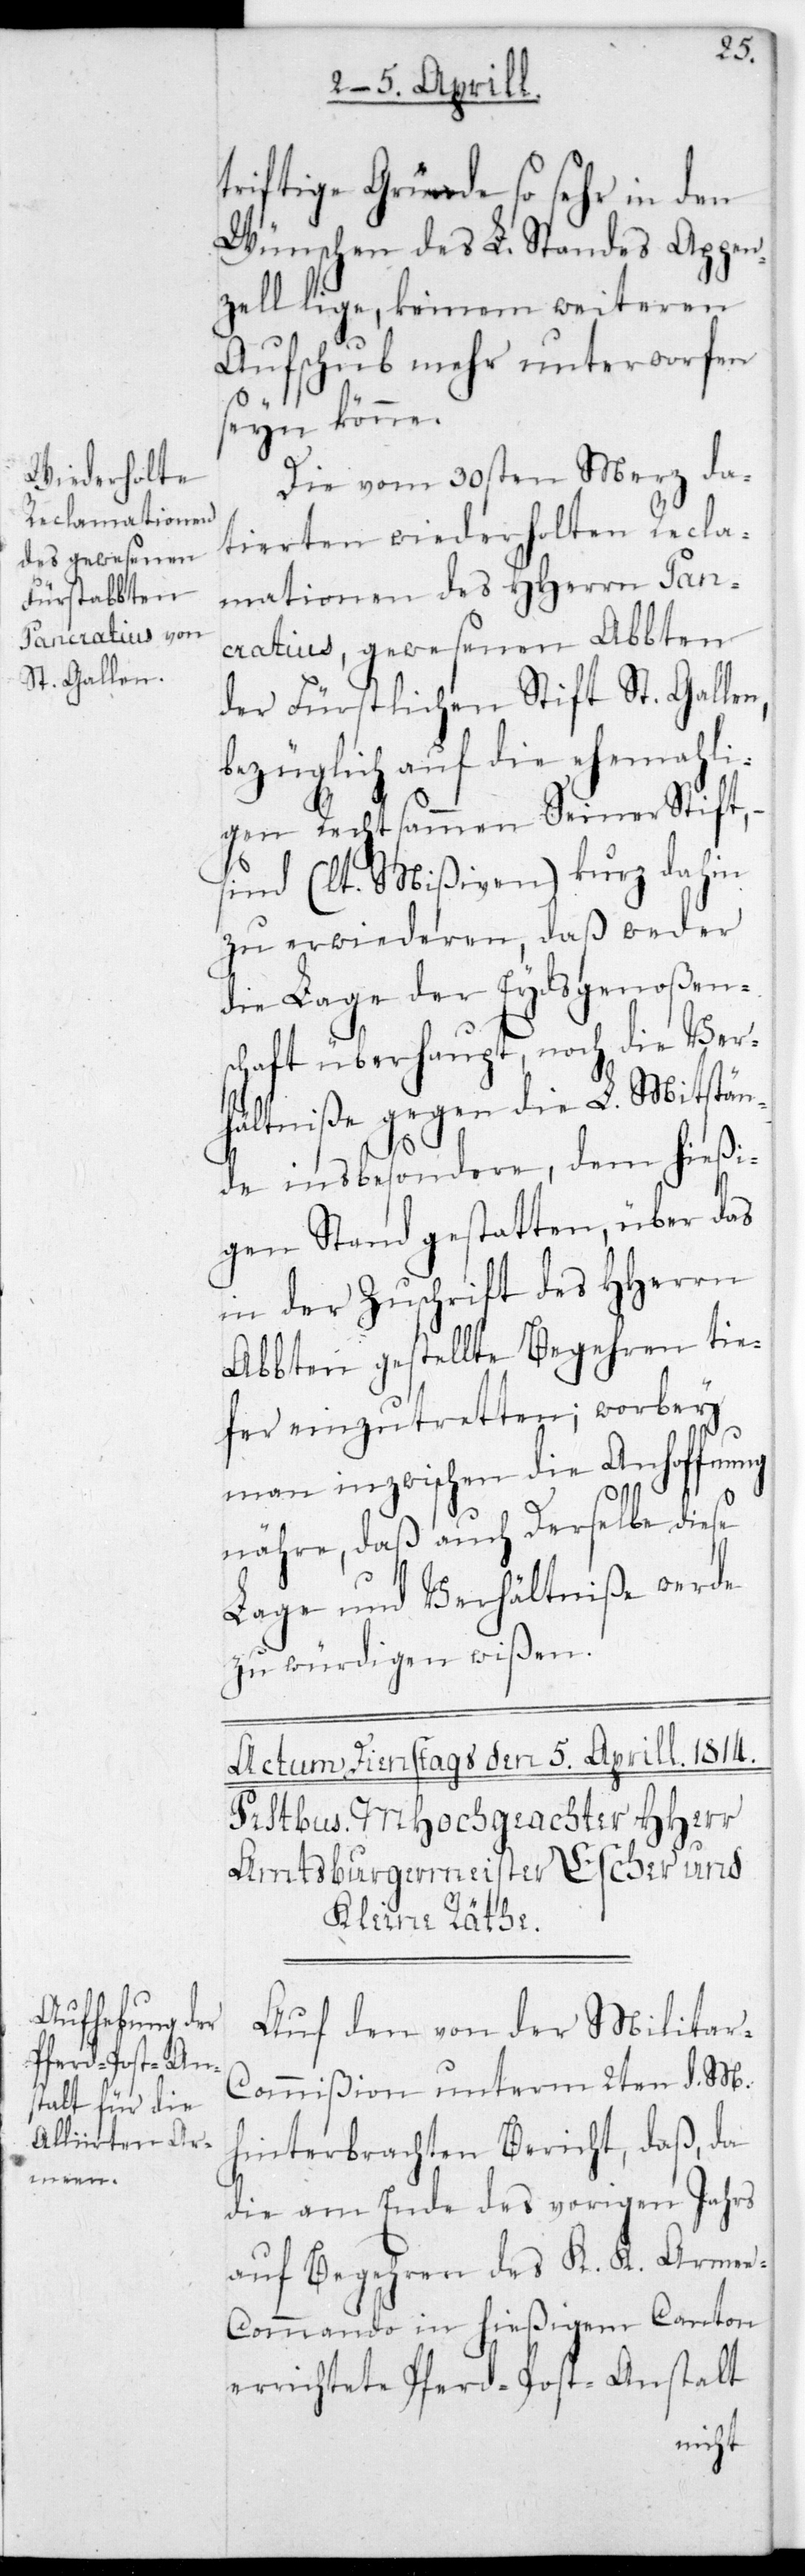
triftige Gründe so sehr in den
Wünschen des L. Standes Appen¬
zell liege, keinem weiteren
Aufschub mehr unterworfen
sein könne.
Die vom 30sten Merz da¬
tierten wiederholten Recla¬
mationen des HHerrn Pan¬
cratius, gewesenen Abten
der fürstlichen Stift St. Gallen,
bezüglich auf die ehemali¬
gen Rechtsammen seiner Stift,
sind (lt. Mißiven) kurz dahin
zu erwideren, daß weder
die Lage der Eydsgenoßens¬
chaft überhaupt, noch die Ver¬
hältniße gegen die L. Mitstän¬
de insbesondere, dem hießi¬
gen Stand gestatten, über das
in der Zuschrift des HHerrn
Abbten gestellte Begehren tie¬
fer einzutretten; worbey
man inzwischen die Anhoffung
nähre, daß auch derselbe diese
Lage und Verhältniße werde
zu würdigen wißen.
Auf den von der Milita¬
r-Commißion unterm 2ten d. M.
hinterbrachten Bericht, daß da
die am Ende des vorigen Jahrs
auf Begehren des K. K. Arme¬
e-Commando in hießigem Canton
errichtete Pferd-Post-Anstalt